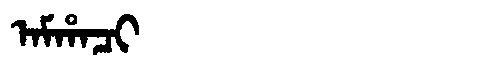
Manchu: ᠠᠮᡥᠠᠴᡳ
Romanization: AMHACI